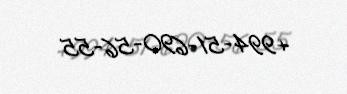
+994-51-690-56-55